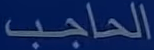
الحاجب